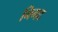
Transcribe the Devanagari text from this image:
निगद